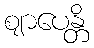
ဈာပေန္တိ